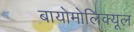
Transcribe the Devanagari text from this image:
बायोमोलिक्यूल